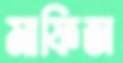
মাফিজ